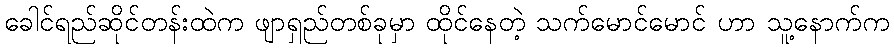
ခေါင်ရည်ဆိုင်တန်းထဲက ဖျာရှည်တစ်ခုမှာ ထိုင်နေတဲ့ သက်မောင်မောင် ဟာ သူ့နောက်က